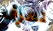
تعرف